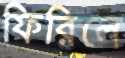
ফিরিলে